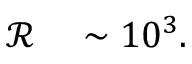
\begin{array} { r l } { \mathcal { R } } & { { } \sim 1 0 ^ { 3 } . } \end{array}